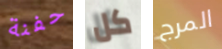
حفنة كل المرج